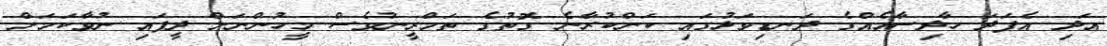
އަދި އެފަދަ ހާދިސާއެއްގެ ދަނޑިވަޅުގައި ކަންކުރާނެ ގޮތުގެ ތަމްރީނުވެސް މީހުންނަށް ދީފައި ނުވާކަމަށް